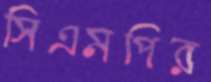
সিএমপির